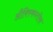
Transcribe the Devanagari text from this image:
औक्स्किन्तोक